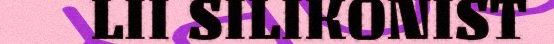
LII SILIKONIST